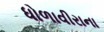
ધોળાવીરાના